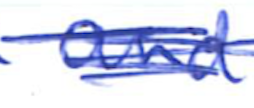
Text: and
Cross-out: scratch
Writing tool: ballpoint